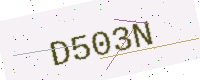
Text: D503N